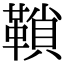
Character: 𩌆